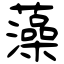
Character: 藻